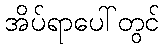
အိပ်ရာပေါ်တွင်